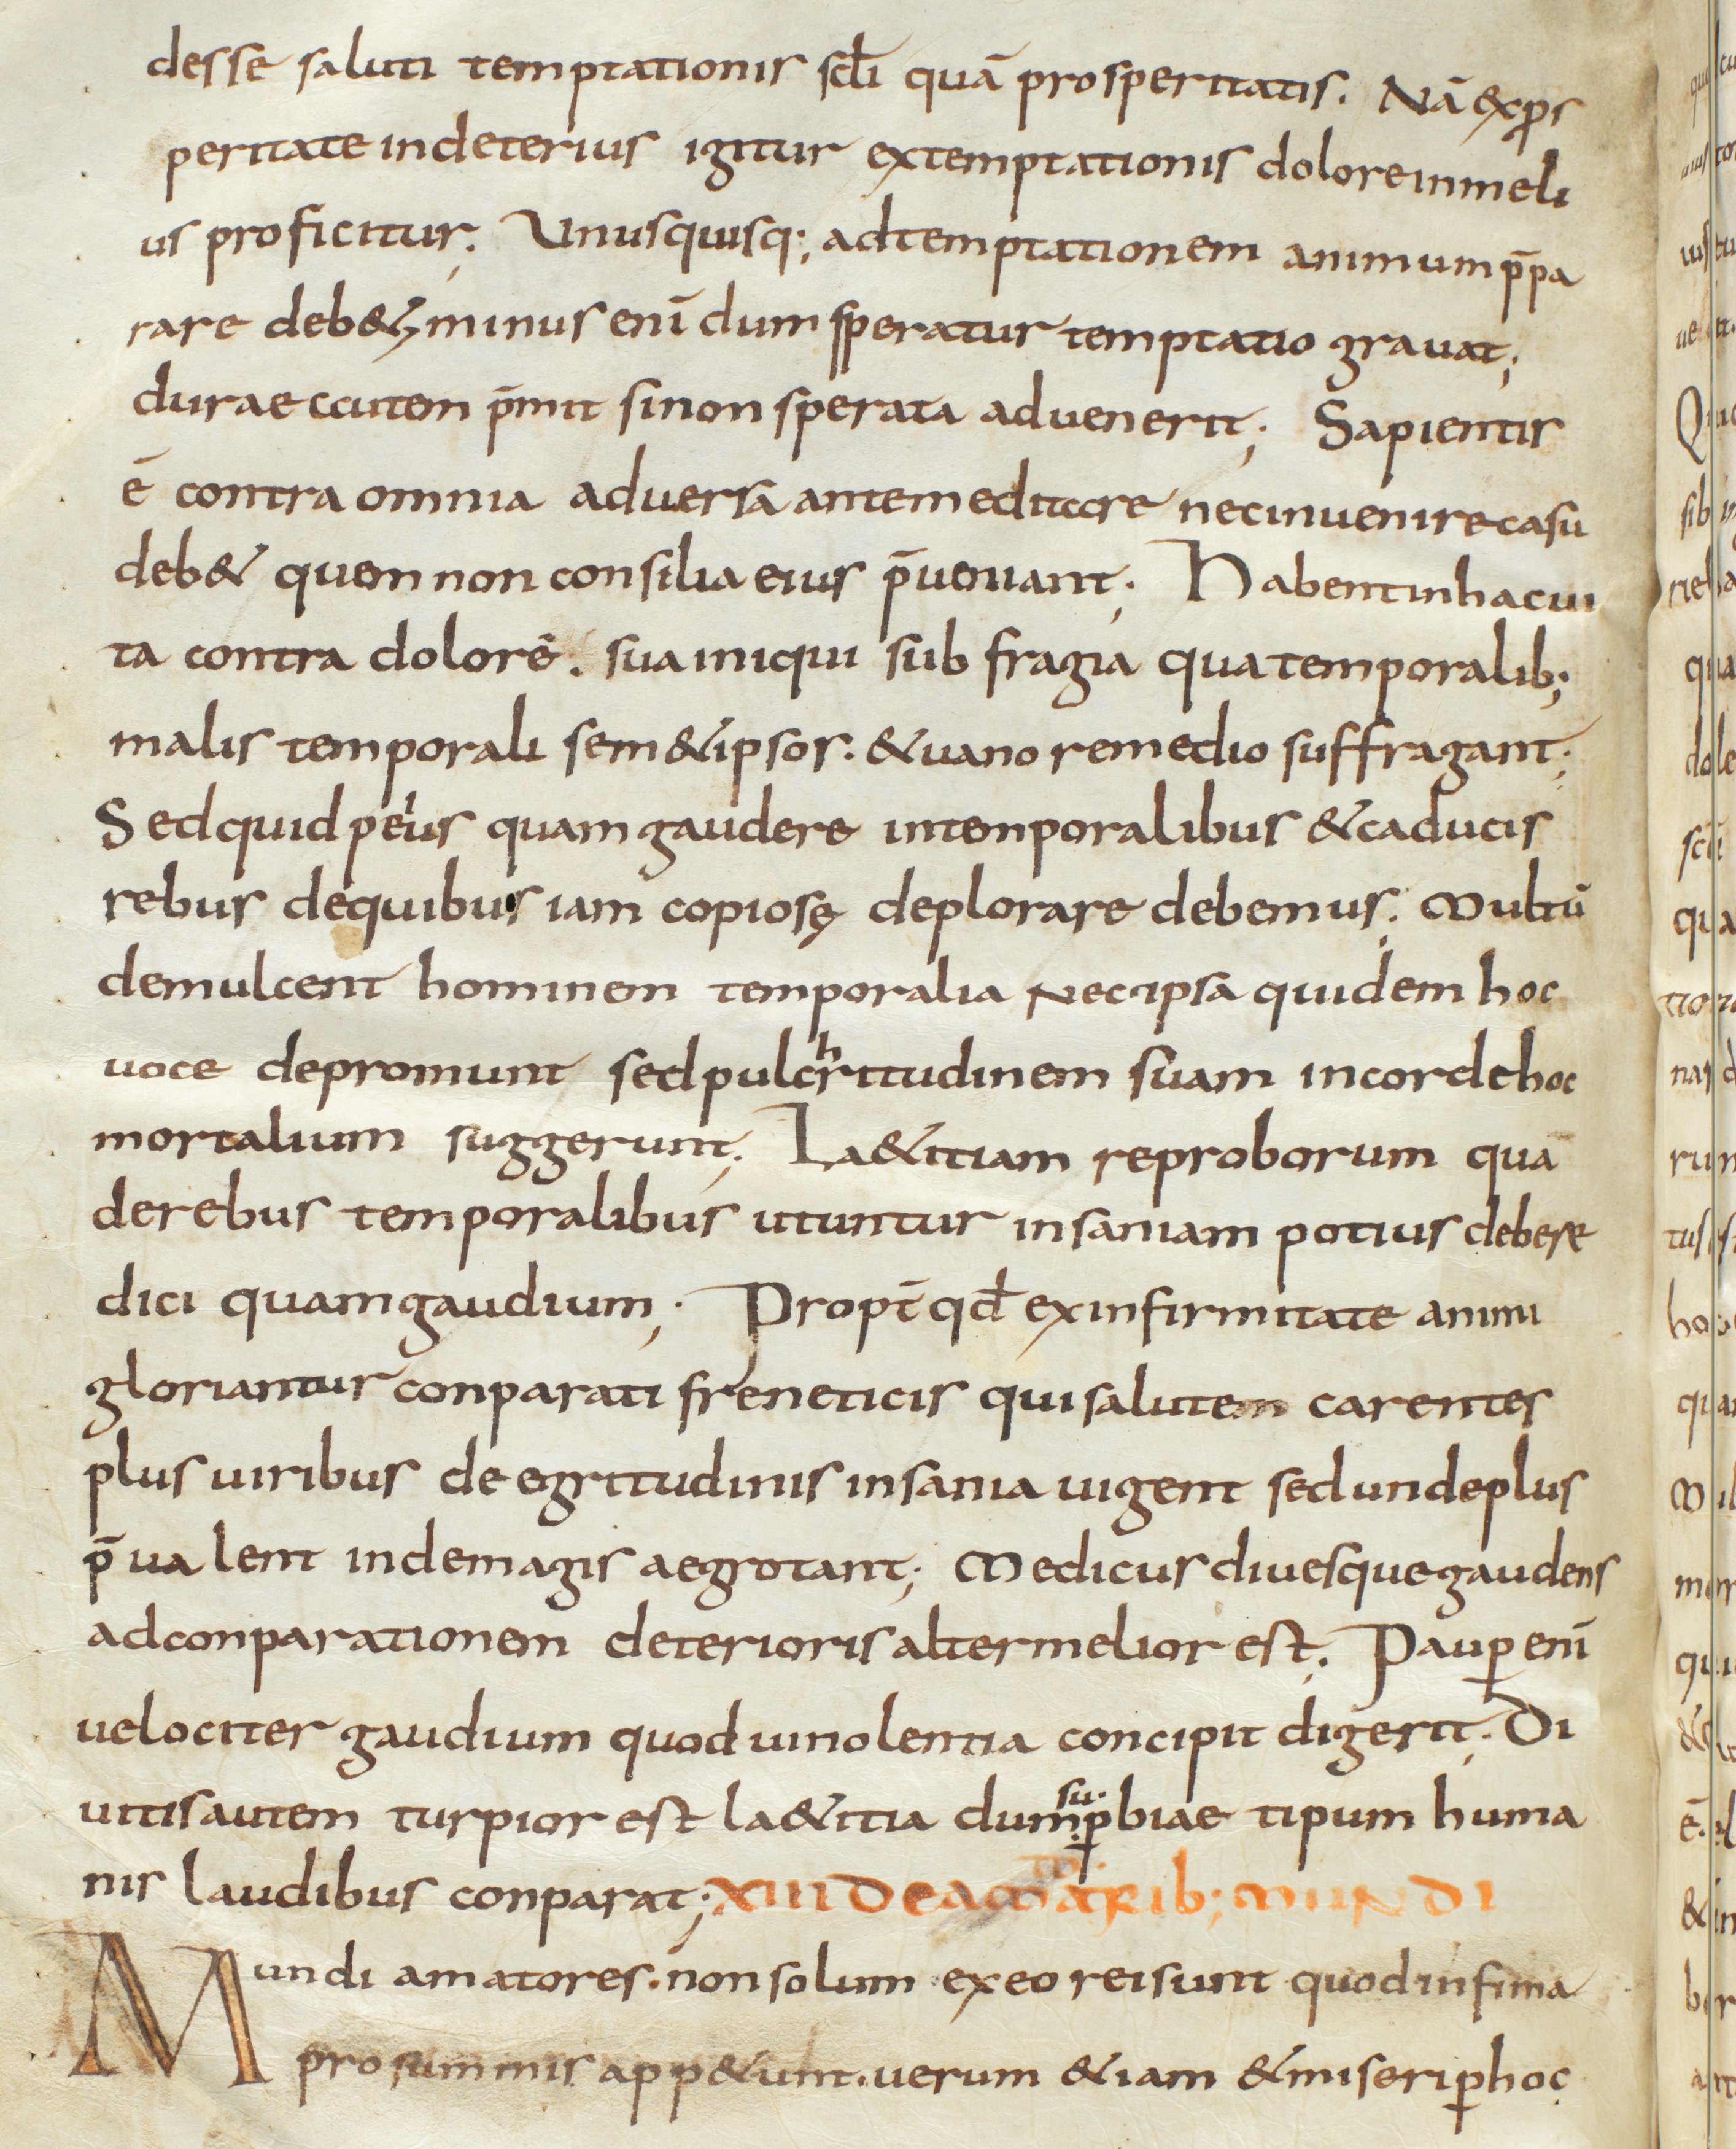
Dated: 800–833